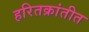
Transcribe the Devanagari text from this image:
हरितक्रांतीत